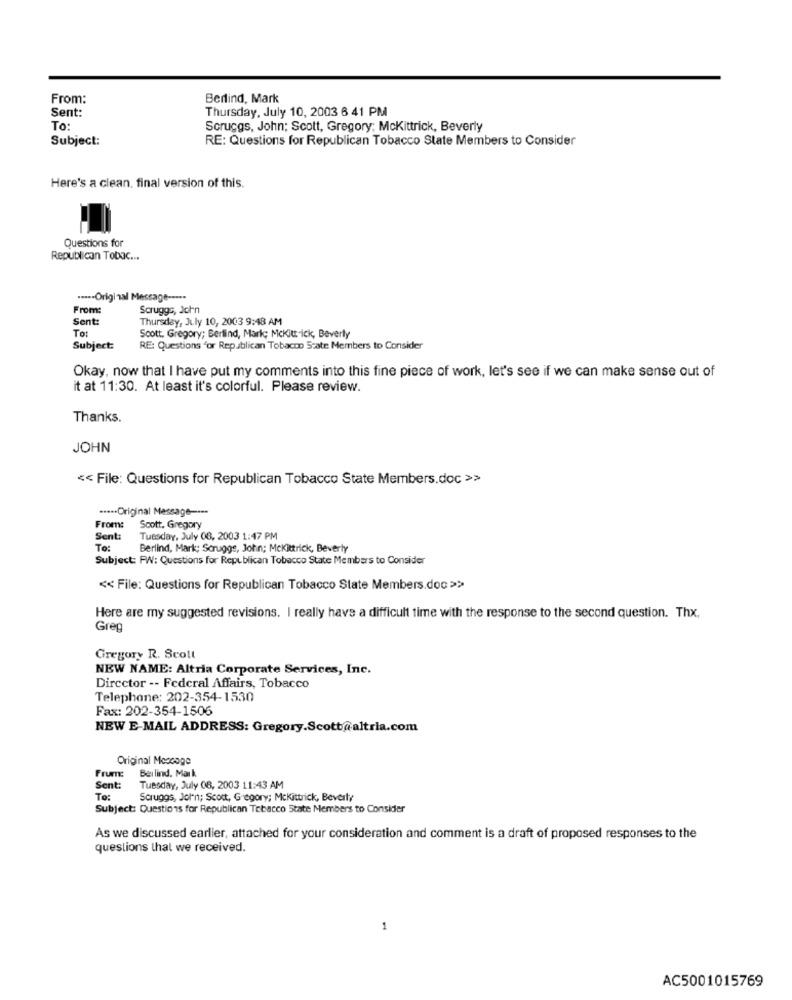
From:
Berlind, Mark
Sent:
Thursday, July 10, 2003 6 41 PM
To:
Scruggs, John; Scott, Gregory; Mckittrick, Beverly
Subject:
RE: Questions for Republican Tobacco State Members to Consider
Here's a clean. final version of this.
Questions for
Republican Tobac ...
-- Original Message ---
From:
Scruggs, John
Sent:
Thursday, July 10, 2003 9:48 AM
To:
Scott. Gregory; Berlind, Mark; Mckittick, Beverly
Subject:
RE: Questions "or Republican Tobacco State Members to Consider
Okay, now that I have put my comments into this fine piece of work, let's see if we can make sense out of
it at 11:30. At least it's colorful. Please review.
Thanks.
JOHN
<< File: Questions for Republican Tobacco State Members.doc >>
····· Original Message ----
From:
Scott, Gregory
Sent:
Tuesday, July 08, 2003 1:47 PM
To:
Berlind, Mark; Scruggs, John; Mckittrick, Beverly
Subject: FW: Questions for Republican Tobacco State Members to Consider
<< File: Questions for Republican Tobacco State Members.doc >>>
Here are my suggested revisions. I really have a difficult time with the response to the second question. Thx,
Greg
Gregory R. Scott
NEW NAME: Altria Corporate Services, Inc.
Director -- Federal Affairs, Tobacco
Telephone: 202-354-1530
Fax: 202-354-1506
NEW E-MAIL ADDRESS: Gregory.Scott@altria.com
Original Message
Frum:
Beilind. Mark
Sent:
Tuesday, July 08, 2003 11:43 AM
To:
Scruggs, John; Scott, Gregory; Mckittrick, Beverly
Subject: Questions for Republican Tobacco State Members to Consider
As we discussed earlier, attached for your consideration and comment is a draft of proposed responses to the
questions that we received.
AC5001015769